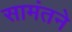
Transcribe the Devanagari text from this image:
सामंतने